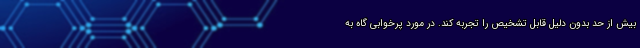
بیش از حد بدون دلیل قابل تشخیص را تجربه کند. در مورد پرخوابی گاه به